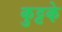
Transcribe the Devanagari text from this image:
कुट्टके